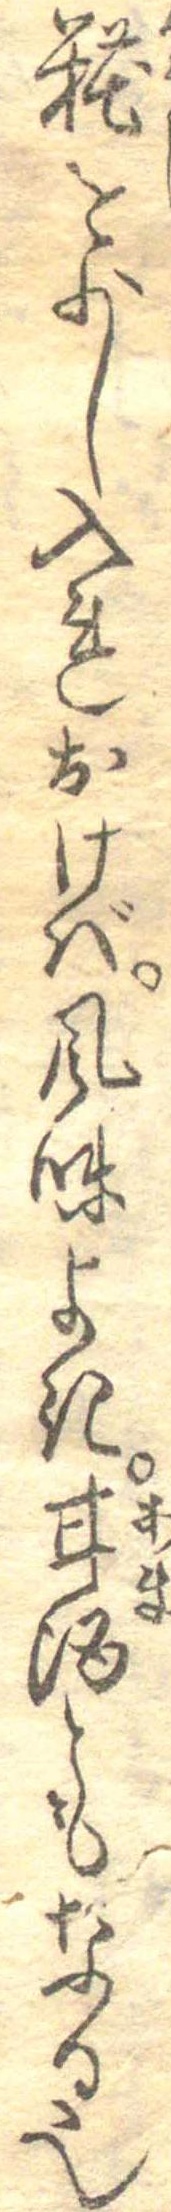
糀を少し入れおけば風味よき甘酒ともなる也